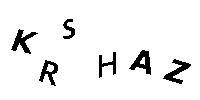
KRSHAZ